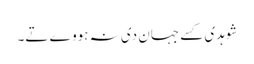
شوہدی کسے جہان دی نہ ہووے تے۔